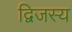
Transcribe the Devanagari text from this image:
द्विजस्य